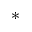
^ { * }